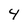
Character: 4